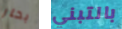
بحار بالتبني